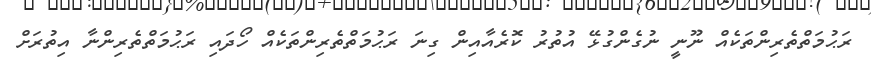
ރަޙުމަތްތެރިންތަކެއް ނޫނީ ނުގެންގުޅޭ އުތުރު ކޮރެއާއިން ގިނަ ރަޙުމަތްތެރިންތަކެއް ހޯދައި ރަޙުމަތްތެރިންނާ އިތުރަށް